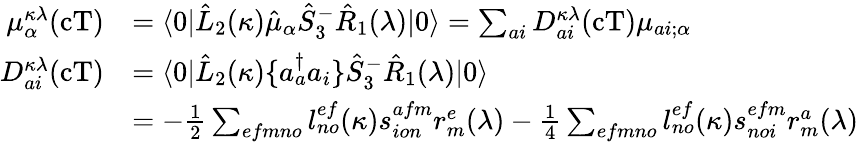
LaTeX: \begin{array}{rl}{\mu_{\alpha}^{\kappa\lambda}(\mathrm{cT})}&{=\langle 0|\hat{L}_{2}(\kappa)\hat{\mu}_{\alpha}\hat{S}_{3}^{-}\hat{R}_{1}(\lambda)|0\rangle=\sum_{ai}D_{ai}^{\kappa\lambda}(\mathrm{cT})\mu_{ai;\alpha}}\\ {D_{ai}^{\kappa\lambda}(\mathrm{cT})}&{=\langle 0|\hat{L}_{2}(\kappa)\{ a_{a}^{\dagger}a_{i}\} \hat{S}_{3}^{-}\hat{R}_{1}(\lambda)|0\rangle}\\ &{=-\frac{1}{2}\sum_{efmno}l_{no}^{ef}(\kappa)s_{ion}^{afm}r_{m}^{e}(\lambda)-\frac{1}{4}\sum_{efmno}l_{no}^{ef}(\kappa)s_{noi}^{efm}r_{m}^{a}(\lambda)}\end{array}